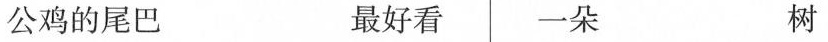
公鸡的尾巴 最好看 一朵 树